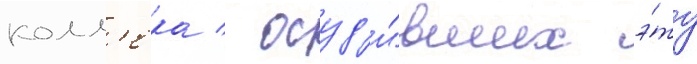
колл'ека / осуд'и́вших э́ту